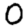
Digit: 0